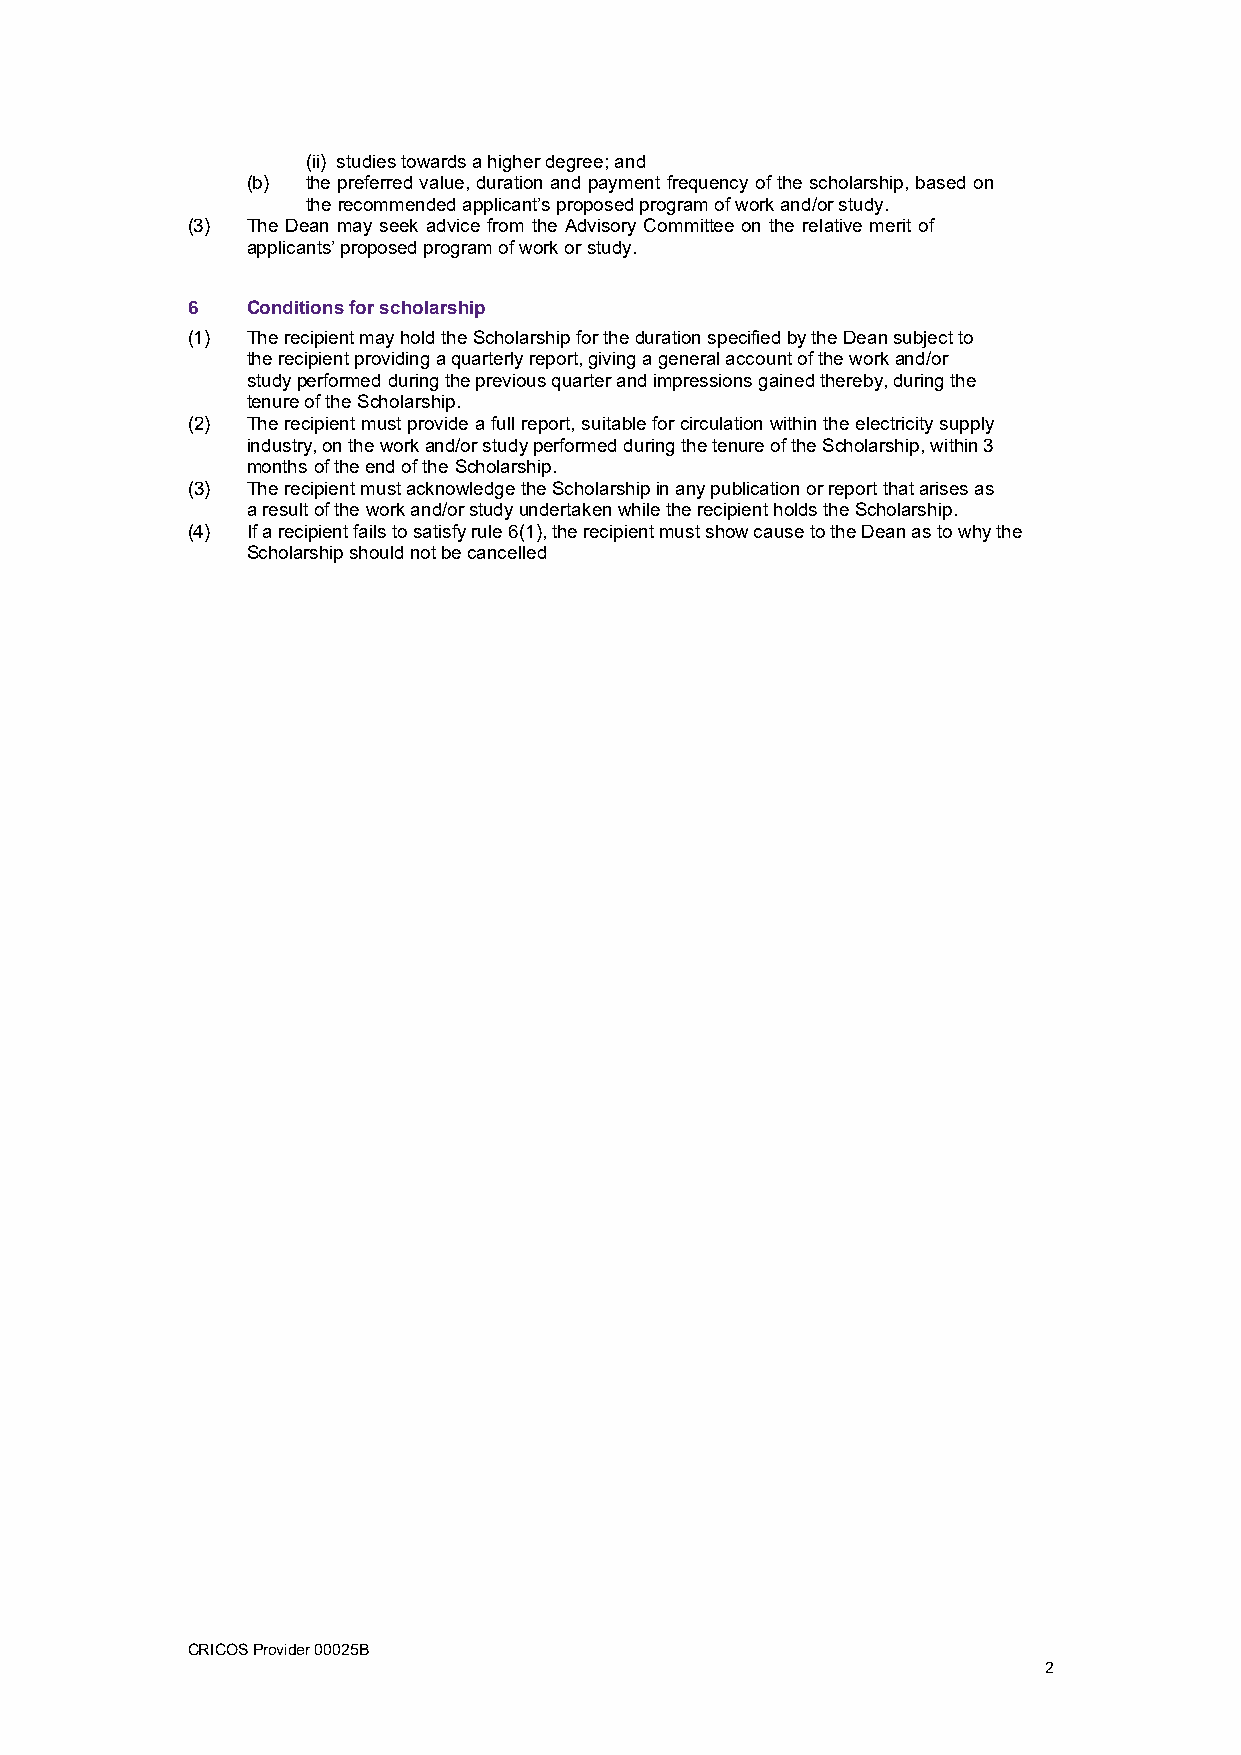
(ii) studies towards a higher degree; and
 (b) the preferred value, duration and payment frequency of the scholarship, based on
 the recommended applicant’s proposed program of work and/or study.
 (3) The Dean may seek advice from the Advisory Committee on the relative merit of
 applicants’ proposed program of work or study.
 6   Conditions for scholarship
 (1) The recipient may hold the Scholarship for the duration specified by the Dean subject to
 the recipient providing a quarterly report, giving a general account of the work and/or
 study performed during the previous quarter and impressions gained thereby, during the
 tenure of the Scholarship.
 (2) The recipient must provide a full report, suitable for circulation within the electricity supply
 industry, on the work and/or study performed during the tenure of the Scholarship, within 3
 months of the end of the Scholarship.
 (3) The recipient must acknowledge the Scholarship in any publication or report that arises as
 a result of the work and/or study undertaken while the recipient holds the Scholarship.
 (4) If a recipient fails to satisfy rule 6(1), the recipient must show cause to the Dean as to why the
 Scholarship should not be cancelled
 CRICOS Provider 00025B
 2